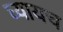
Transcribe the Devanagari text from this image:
घ्यायच